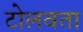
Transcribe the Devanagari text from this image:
टोलवता